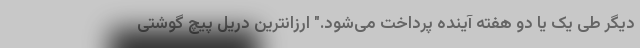
دیگر طی یک یا دو هفته آینده پرداخت می‌شود." ارزانترین دریل پیچ گوشتی